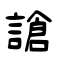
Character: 謒